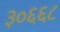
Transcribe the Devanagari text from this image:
३०६६८